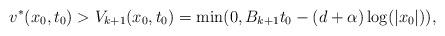
LaTeX: \begin{align*}v^*(x_0,t_0) > V_{k+1}(x_0,t_0) = \min(0, B_{k+1} t_0 - (d+\alpha) \log (|x_0|)) ,\end{align*}